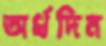
অর্ধদিন